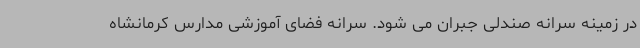
در زمینه سرانه صندلی جبران می شود. سرانه فضای آموزشی مدارس کرمانشاه